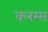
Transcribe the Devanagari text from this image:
क्लम्स